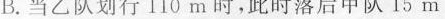
B.当乙队划行110m时，此时落后甲队15m